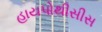
હાયપોથીસીસ